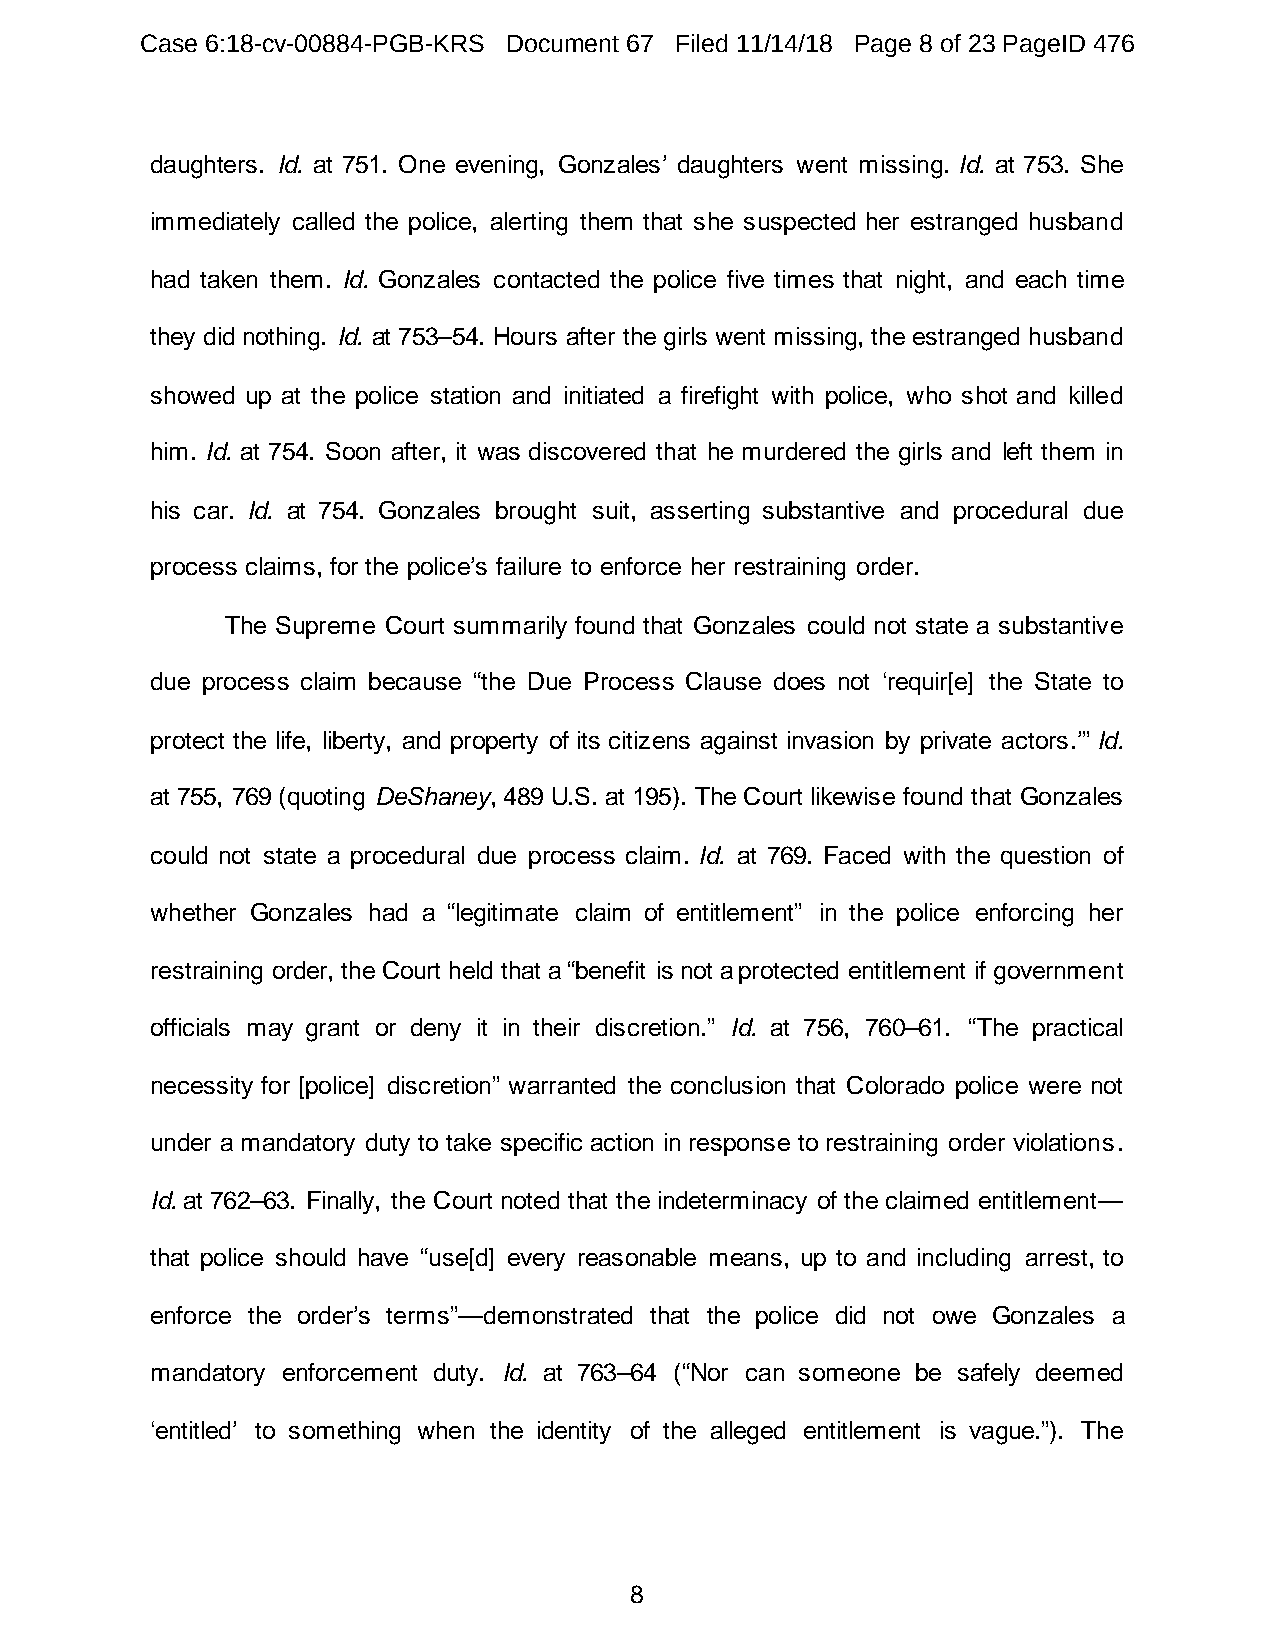
Case 6:18-cv-00884-PGB-KRS Document 67 Filed 11/14/18 Page 8 of 23 PageID 476
 daughters. Id. at 751. One evening, Gonzales’ daughters went missing. Id. at 753. She
 immediately called the police, alerting them that she suspected her estranged husband
 had taken them. Id. Gonzales contacted the police five times that night, and each time
 they did nothing. Id. at 753–54. Hours after the girls went missing, the estranged husband
 showed up at the police station and initiated a firefight with police, who shot and killed
 him. Id. at 754. Soon after, it was discovered that he murdered the girls and left them in
 his car. Id. at 754. Gonzales brought suit, asserting substantive and procedural due
 process claims, for the police’s failure to enforce her restraining order.
 The Supreme Court summarily found that Gonzales could not state a substantive
 due process claim because “the Due Process Clause does not ‘requir[e] the State to
 protect the life, liberty, and property of its citizens against invasion by private actors.’” Id.
 at 755, 769 (quoting DeShaney, 489 U.S. at 195). The Court likewise found that Gonzales
 could not state a procedural due process claim. Id. at 769. Faced with the question of
 whether Gonzales had a “legitimate claim of entitlement” in the police enforcing her
 restraining order, the Court held that a “benefit is not a protected entitlement if government
 officials may grant or deny it in their discretion.” Id. at 756, 760–61. “The practical
 necessity for [police] discretion” warranted the conclusion that Colorado police were not
 under a mandatory duty to take specific action in response to restraining order violations.
 Id. at 762–63. Finally, the Court noted that the indeterminacy of the claimed entitlement—
 that police should have “use[d] every reasonable means, up to and including arrest, to
 enforce the order’s terms”—demonstrated that the police did not owe Gonzales a
 mandatory enforcement duty. Id. at 763–64 (“Nor can someone be safely deemed
 ‘entitled’ to something when the identity of the alleged entitlement is vague.”). The
 8